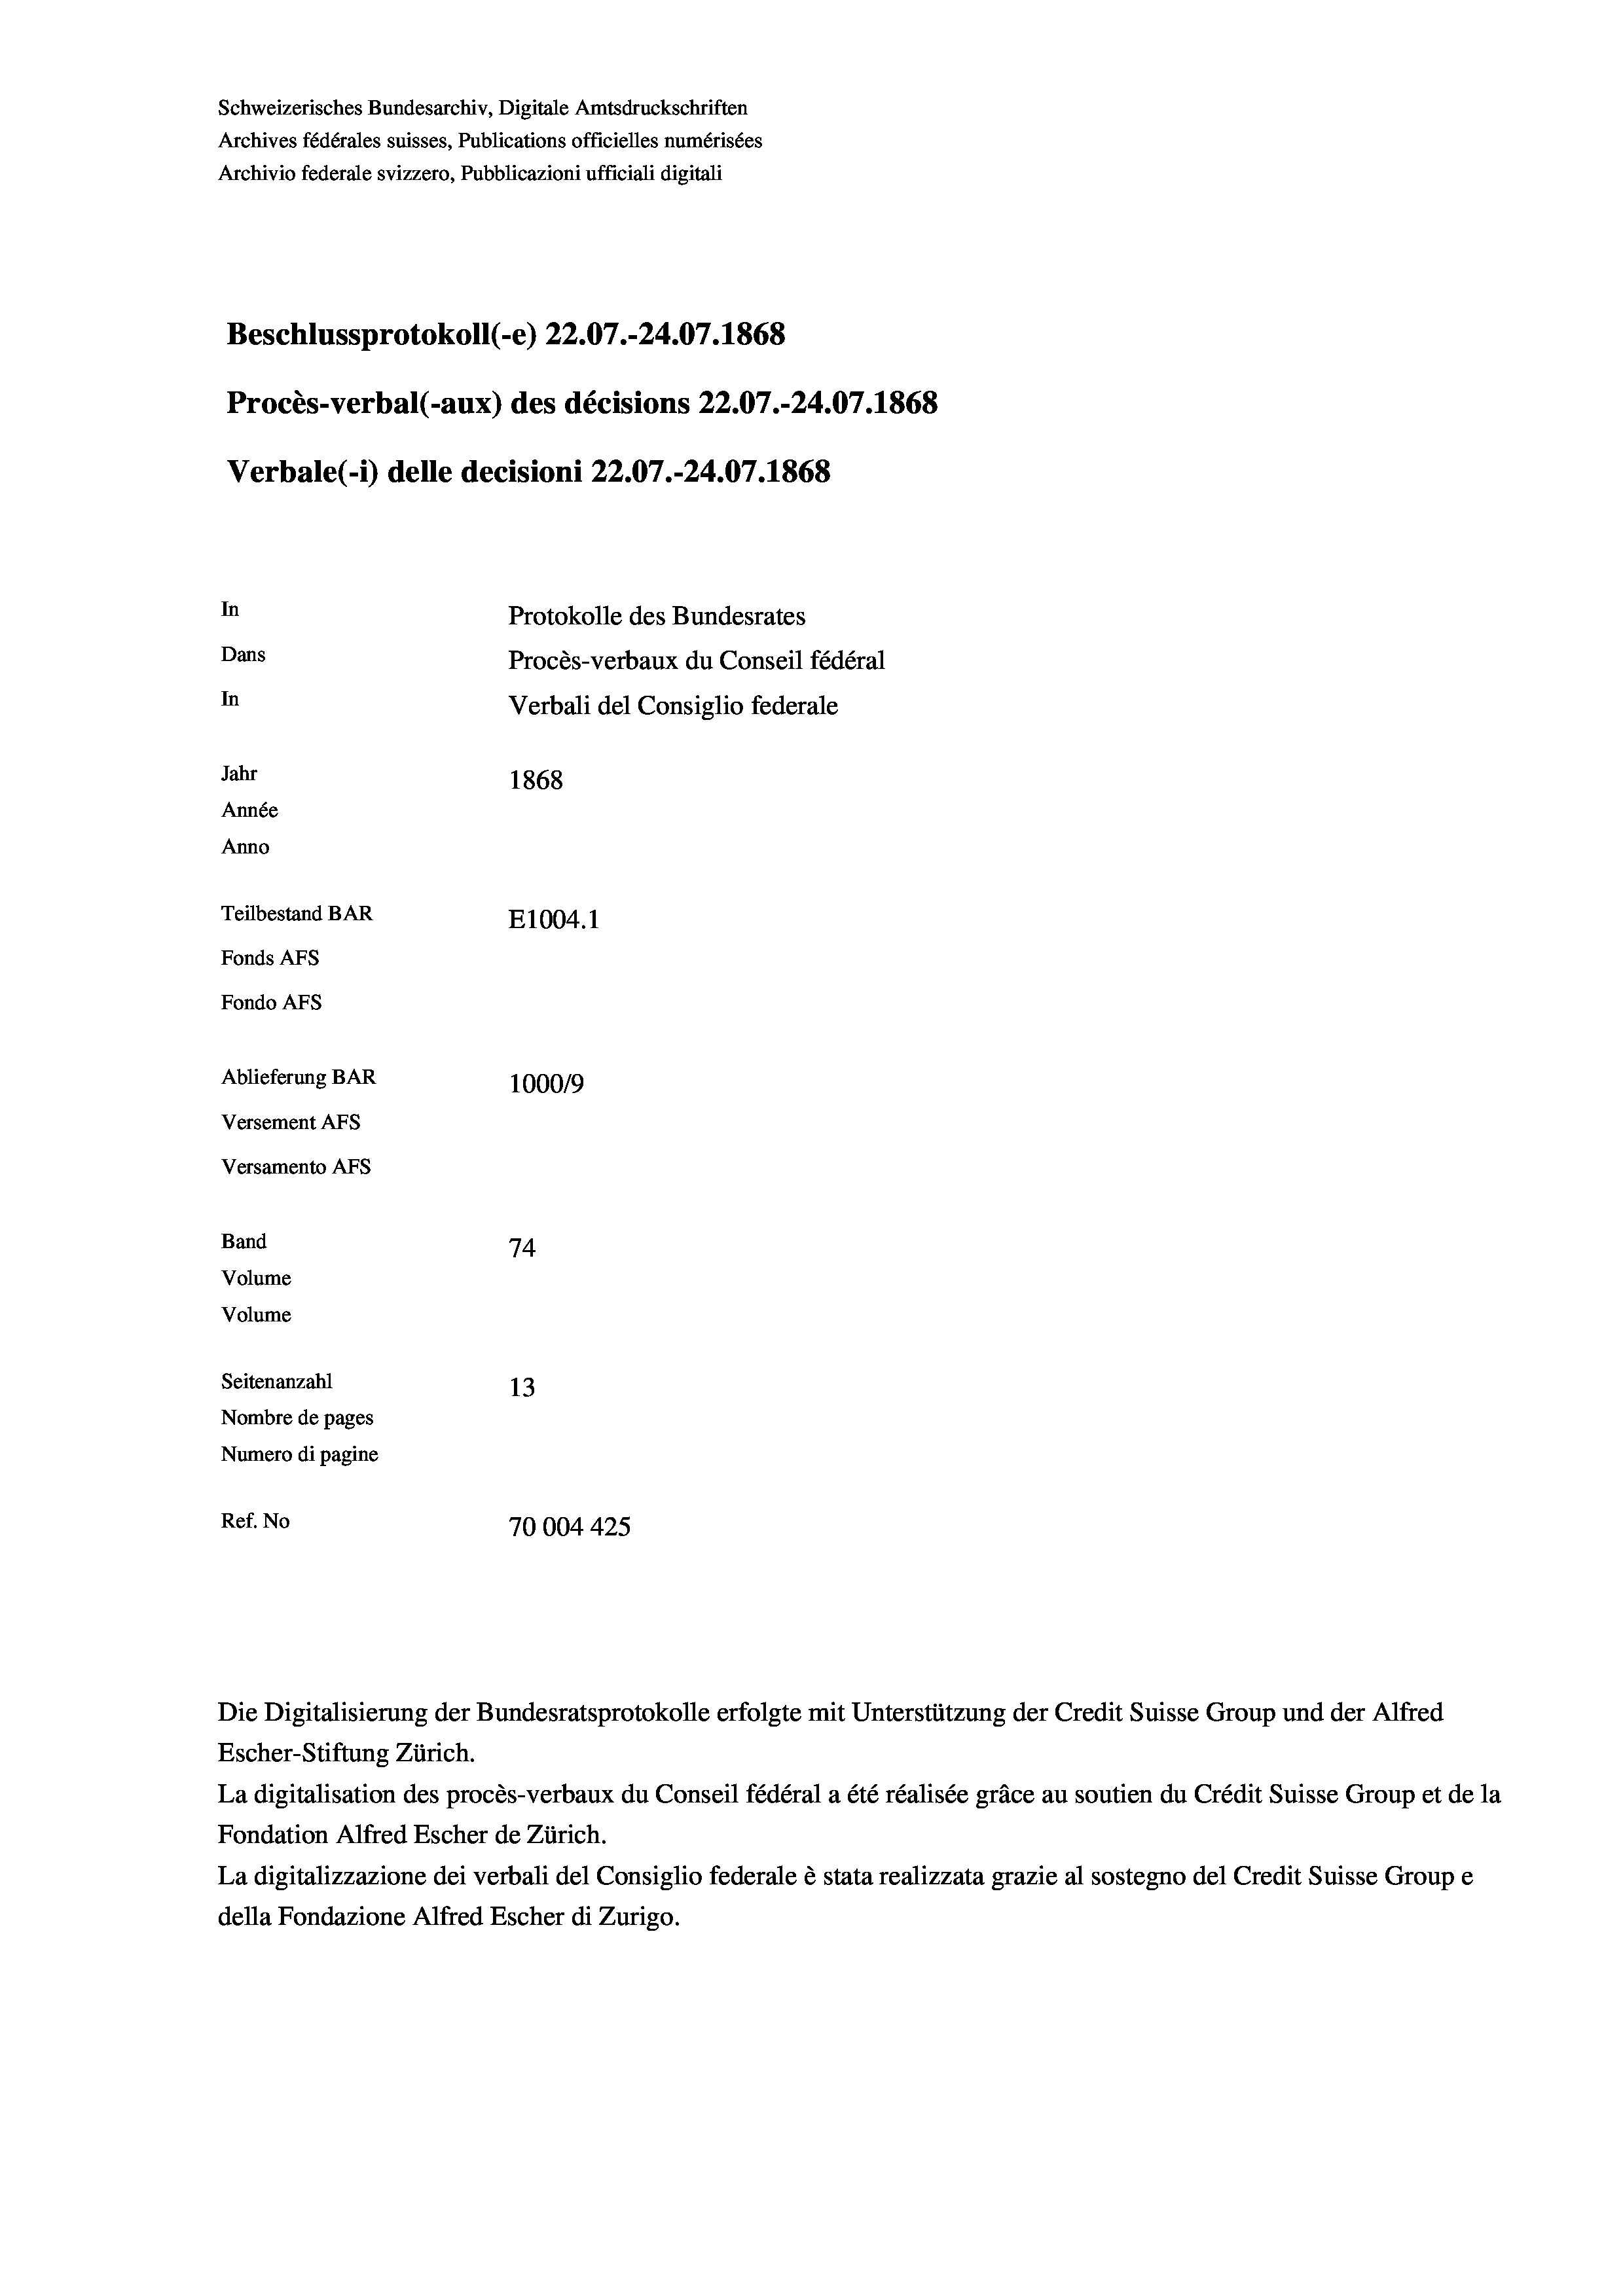
Schweizerisches Bundesarchiv, Digitale Amtsdruckschriften
Archives fédérales suisses, Publications officielles numérisées
Archivio federale svizzero, Pubblicazioni ufficiali digitali
Beschlussprotokoll (-e) 22.07.-24.07. 1868
Procès-verbal (-aux) des décisions 22.07.-24.07. 1868
Verbale (- 1) delle decisioni 22.07.-24.07. 1868
In
Protokolle des Bundesrates
Dans
Procès-verbaux du Conseil fédéral
In
Verbali del Consiglio federale
Jahr
1868
Année
Anno
Teilbestand BAR
E1004. 1
Fonds AFs
Fondo Afs
Ablieferung BAR
100019
Versement AFs
Versamento AFs
Band
74
Volume
Volume
Seitenanzahl
13
Nombre de pages
Numero di pagine
Ref. No
70004425

Die Digitalisierung der Bundesratsprotokolle erfolgte mit Unterstützung der Credit Suisse Group und der Alfred
Escher-Stiftung Zürich.
La digitalisation des procès-verbaux du Conseil fédéral a été réalisée gräce au soutien du Crédit Suisse Group et de la
Fondation Alfred Escher de Zürich.
La digitalizzazione dei verbali del Consiglio federale è stata realizzata grazie al sostegno del Credit Suisse Groupe
della Fondazione Alfred Escher di Zurigo.